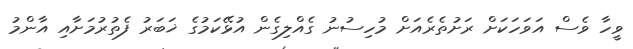
ވީހާ ވެސް އަވަހަކަށް ރަށުތެރެއަށް މުހިސުނު ގެއްލިގެން އުޅޭކަމުގެ ޚަބަރު ފެތުރުމަށާއި އާންމު